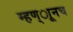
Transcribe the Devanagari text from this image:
म्हण्ाूनच